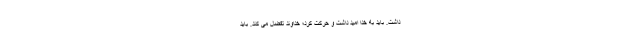
داشت. باید به خدا امید داشت و حرکت کرد؛ خداوند تفضّل می کند. باید